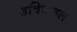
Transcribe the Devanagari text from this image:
डविजनल